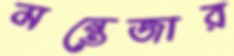
মন্তেজার